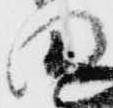
田